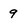
Character: 9